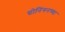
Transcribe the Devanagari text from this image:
ग्रोनिंगनच्या